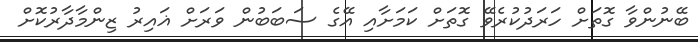
ބޭނުންވާ ގޮތަށް ހަރަދުކުރެވޭ ގޮތަށް ކަމަށާއި އޭގެ ސަބަބުން ވަރަށް ޣައިރު ޒިންމާދާރުކޮށް